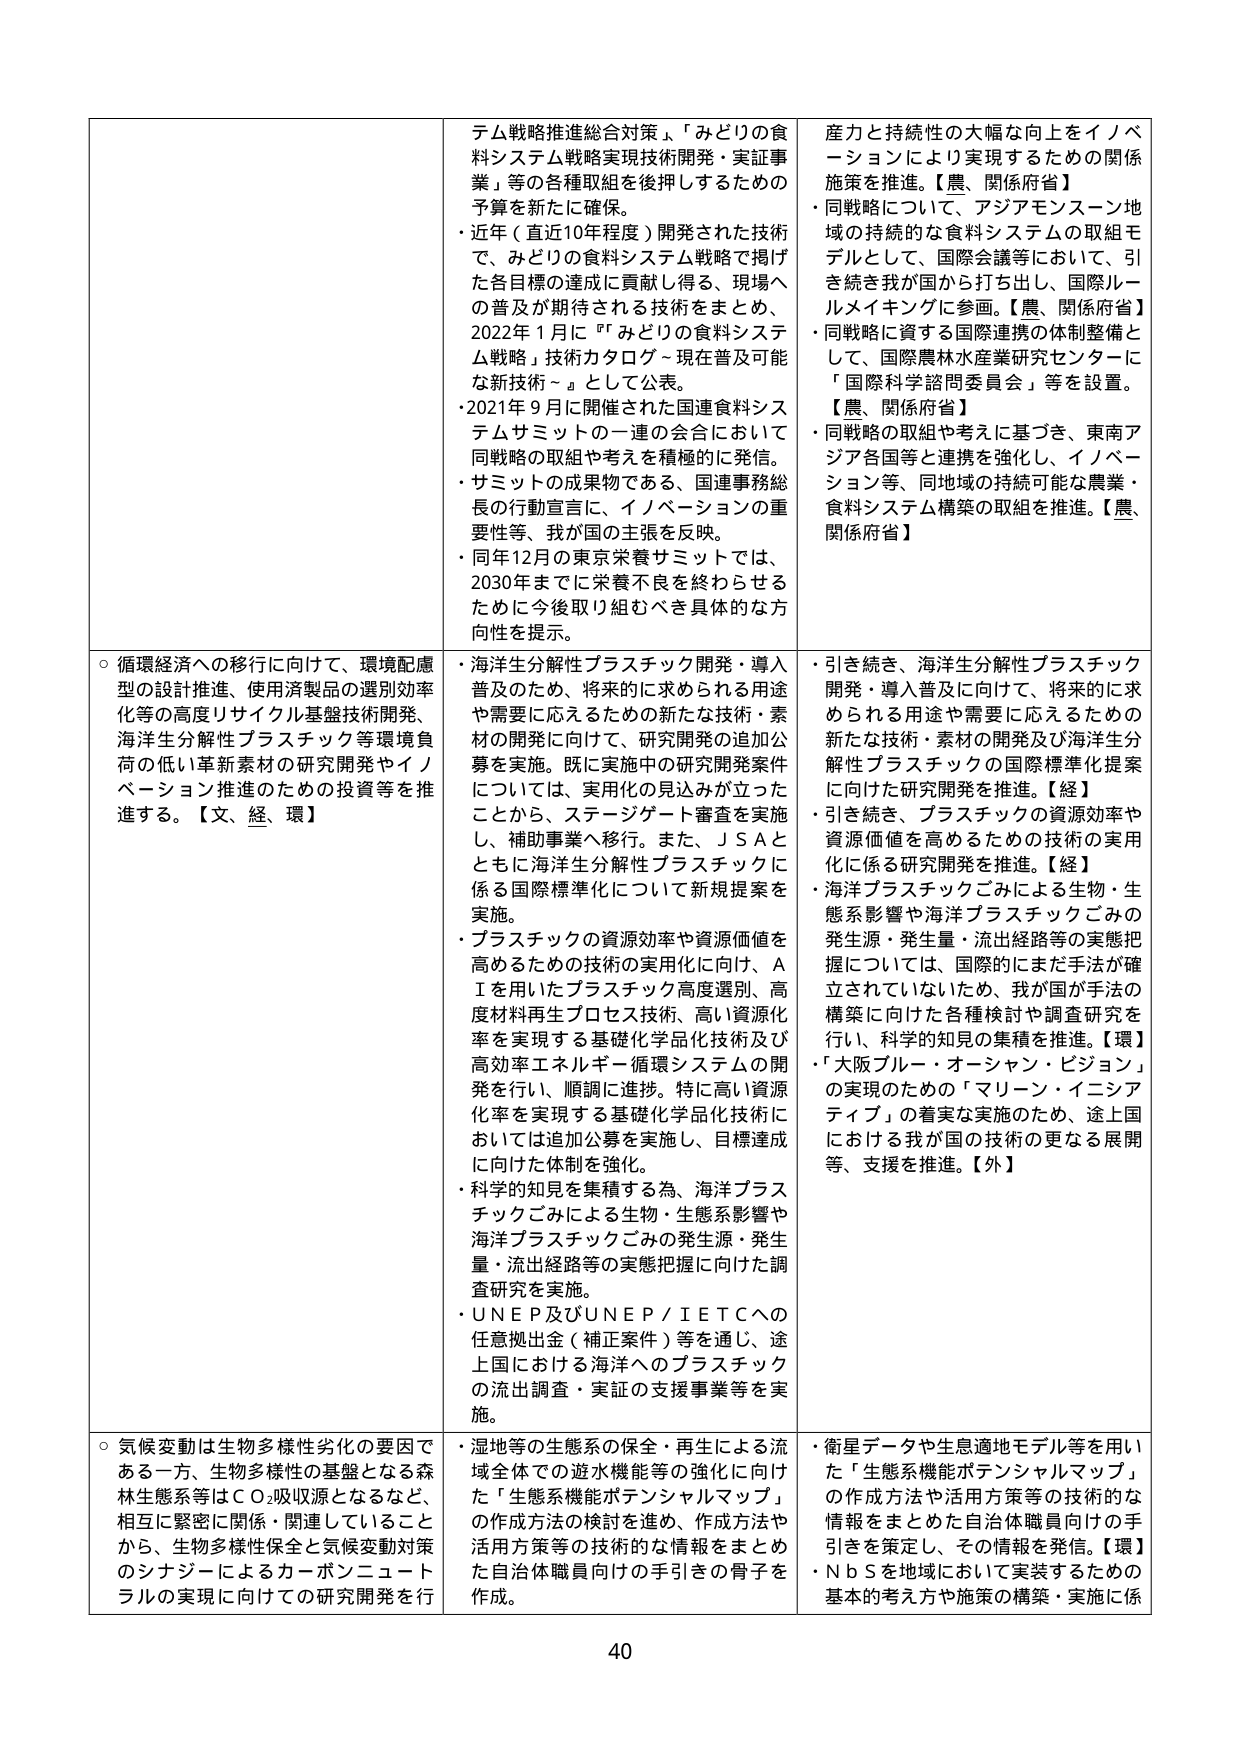
○ 循環経済への移行に向けて、環境配慮型の設計推進、使用済製品の選別効率化等の高度リサイクル基盤技術開発、海洋生分解性プラスチック等環境負荷の低い革新素材の研究開発やイノベーション推進のための投資等を推進する。【文、経、環】

○ 気候変動は生物多様性劣化の要因である一方、生物多様性の基盤となる森林生態系等はＣＯ₂吸収源となるなど、相互に緊密に関係・関連していることから、生物多様性保全と気候変動対策のシナジーによるカーボンニュートラルの実現に向けての研究開発を行う。

・近年（直近10年程度）開発された技術で、みどりの食料システム戦略で掲げた各目標の達成に貢献し得る、現場への普及が期待される技術をまとめ、2022年1月に『「みどりの食料システム戦略」技術カタログ～現在普及可能な新技術～』として公表。

・2021年9月に開催された国連食料システムサミットの一連の会合において同戦略の取組や考えを積極的に発信。

・サミットの成果物である、国連事務総長の行動宣言に、イノベーションの重要性等、我が国の主張を反映。

・同年12月の東京栄養サミットでは、2030年までに栄養不良を終わらせるために今後取り組むべき具体的な方向性を提示。

・海洋生分解性プラスチック開発・導入普及のため、将来的に求められる用途や需要に応えるための新たな技術・素材の開発に向けて、研究開発の追加公募を実施。既に実施中の研究開発案件については、実用化の見込みが立ったことから、ステージゲート審査を実施し、補助事業へ移行。また、ＪＳＡとともに海洋生分解性プラスチックに係る国際標準化について新規提案を実施。

・プラスチックの資源効率や資源価値を高めるための技術の実用化に向け、ＡＩを用いたプラスチック高度選別、高度材料再生プロセス技術、高い資源化率を実現する基礎化学品化技術及び高効率エネルギー循環システムの開発を行い、順調に進捗。特に高い資源化率を実現する基礎化学品化技術においては追加公募を実施し、目標達成に向けた体制を強化。

・科学的知見を集積する為、海洋プラスチックごみによる生物・生態系影響や海洋プラスチックごみの発生源・発生量・流出経路等の実態把握に向けた調査研究を実施。

・ＵＮＥＰ及びＵＮＥＰ／ＩＥＴＣへの任意拠出金（補正案件）等を通じ、途上国における海洋へのプラスチックの流出調査・実証の支援事業等を実施。

・湿地等の生態系の保全・再生による流域全体での遊水機能等の強化に向けた「生態系機能ポテンシャルマップ」の作成方法の検討を進め、作成方法や活用方策等の技術的な情報をまとめた自治体職員向けの手引きの骨子を作成。

産力と持続性の大幅な向上をイノベーションにより実現するための関係施策を推進。【農、関係府省】

・同戦略について、アジアモンスーン地域の持続的な食料システムの取組モデルとして、国際会議等において、引き続き我が国から打ち出し、国際ルールメイキングに参画。【農、関係府省】

・同戦略に資する国際連携の体制整備として、国際農林水産業研究センターに「国際科学諮問委員会」等を設置。【農、関係府省】

・同戦略の取組や考えに基づき、東南アジア各国等と連携を強化し、イノベーション等、同地域の持続可能な農業・食料システム構築の取組を推進。【農、関係府省】

・引き続き、海洋生分解性プラスチック開発・導入普及に向けて、将来的に求められる用途や需要に応えるための新たな技術・素材の開発及び海洋生分解性プラスチックの国際標準化提案に向けた研究開発を推進。【経】

・引き続き、プラスチックの資源効率や資源価値を高めるための技術の実用化に係る研究開発を推進。【経】

・海洋プラスチックごみによる生物・生態系影響や海洋プラスチックごみの発生源・発生量・流出経路等の実態把握については、国際的にまだ手法が確立されていないため、我が国が手法の構築に向けた各種検討や調査研究を行い、科学的知見の集積を推進。【環】

・「大阪ブルー・オーシャン・ビジョン」の実現のための「マリーン・イニシアティブ」の着実な実施のため、途上国における我が国の技術の更なる展開等、支援を推進。【外】

・衛星データや生息適地モデル等を用いた「生態系機能ポテンシャルマップ」の作成方法や活用方策等の技術的な情報をまとめた自治体職員向けの手引きを策定し、その情報を発信。【環】

・ＮｂＳを地域において実装するための基本的考え方や施策の構築・実施に係

40